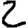
Digit: 2